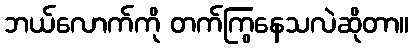
ဘယ်လောက်ကို တက်ကြွနေသလဲဆိုတာ။